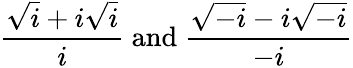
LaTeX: {\frac{{\sqrt{i}}+i{\sqrt{i}}}{i}}{\mathrm{~and~}}{\frac{{\sqrt{-i}}-i{\sqrt{-i}}}{-i}}